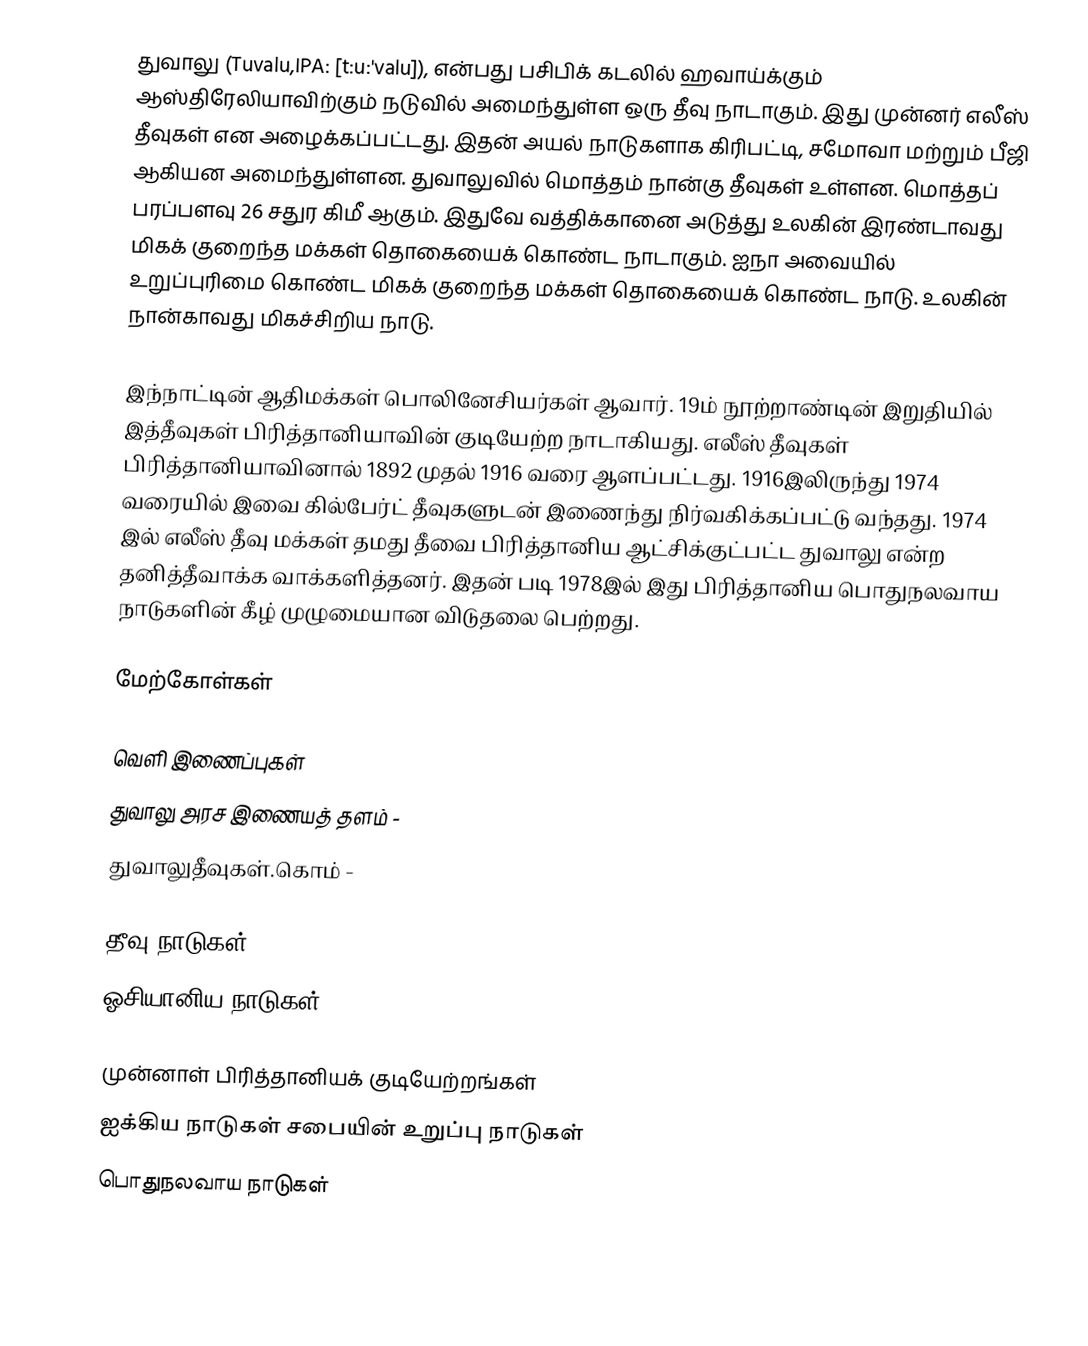
துவாலு (Tuvalu,IPA: [t:u:'valu]), என்பது பசிபிக் கடலில் ஹவாய்க்கும் ஆஸ்திரேலியாவிற்கும் நடுவில் அமைந்துள்ள ஒரு தீவு நாடாகும். இது முன்னர் எலீஸ் தீவுகள் என அழைக்கப்பட்டது.  இதன் அயல் நாடுகளாக கிரிபட்டி, சமோவா மற்றும் பீஜி ஆகியன அமைந்துள்ளன. துவாலுவில் மொத்தம் நான்கு தீவுகள் உள்ளன. மொத்தப் பரப்பளவு 26 சதுர கிமீ ஆகும். இதுவே வத்திக்கானை அடுத்து உலகின் இரண்டாவது மிகக் குறைந்த மக்கள் தொகையைக் கொண்ட நாடாகும். ஐநா அவையில் உறுப்புரிமை கொண்ட மிகக் குறைந்த மக்கள் தொகையைக் கொண்ட நாடு. உலகின் நான்காவது மிகச்சிறிய நாடு.

இந்நாட்டின் ஆதிமக்கள் பொலினேசியர்கள் ஆவார். 19ம் நூற்றாண்டின் இறுதியில் இத்தீவுகள் பிரித்தானியாவின் குடியேற்ற நாடாகியது. எலீஸ் தீவுகள் பிரித்தானியாவினால் 1892 முதல் 1916 வரை ஆளப்பட்டது. 1916இலிருந்து 1974 வரையில் இவை கில்பேர்ட் தீவுகளுடன் இணைந்து நிர்வகிக்கப்பட்டு வந்தது. 1974 இல் எலீஸ் தீவு மக்கள் தமது தீவை பிரித்தானிய ஆட்சிக்குட்பட்ட துவாலு என்ற தனித்தீவாக்க வாக்களித்தனர். இதன் படி 1978இல் இது பிரித்தானிய பொதுநலவாய நாடுகளின் கீழ்  முழுமையான விடுதலை பெற்றது.

மேற்கோள்கள்

வெளி இணைப்புகள்
 துவாலு அரச இணையத் தளம் -
 துவாலுதீவுகள்.கொம்  -

தீவு நாடுகள்
ஓசியானிய நாடுகள்

முன்னாள் பிரித்தானியக் குடியேற்றங்கள்
ஐக்கிய நாடுகள் சபையின் உறுப்பு நாடுகள்
பொதுநலவாய நாடுகள்